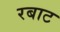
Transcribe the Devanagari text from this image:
रबाट